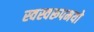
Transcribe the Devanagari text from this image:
स्वस्वरूपमयो